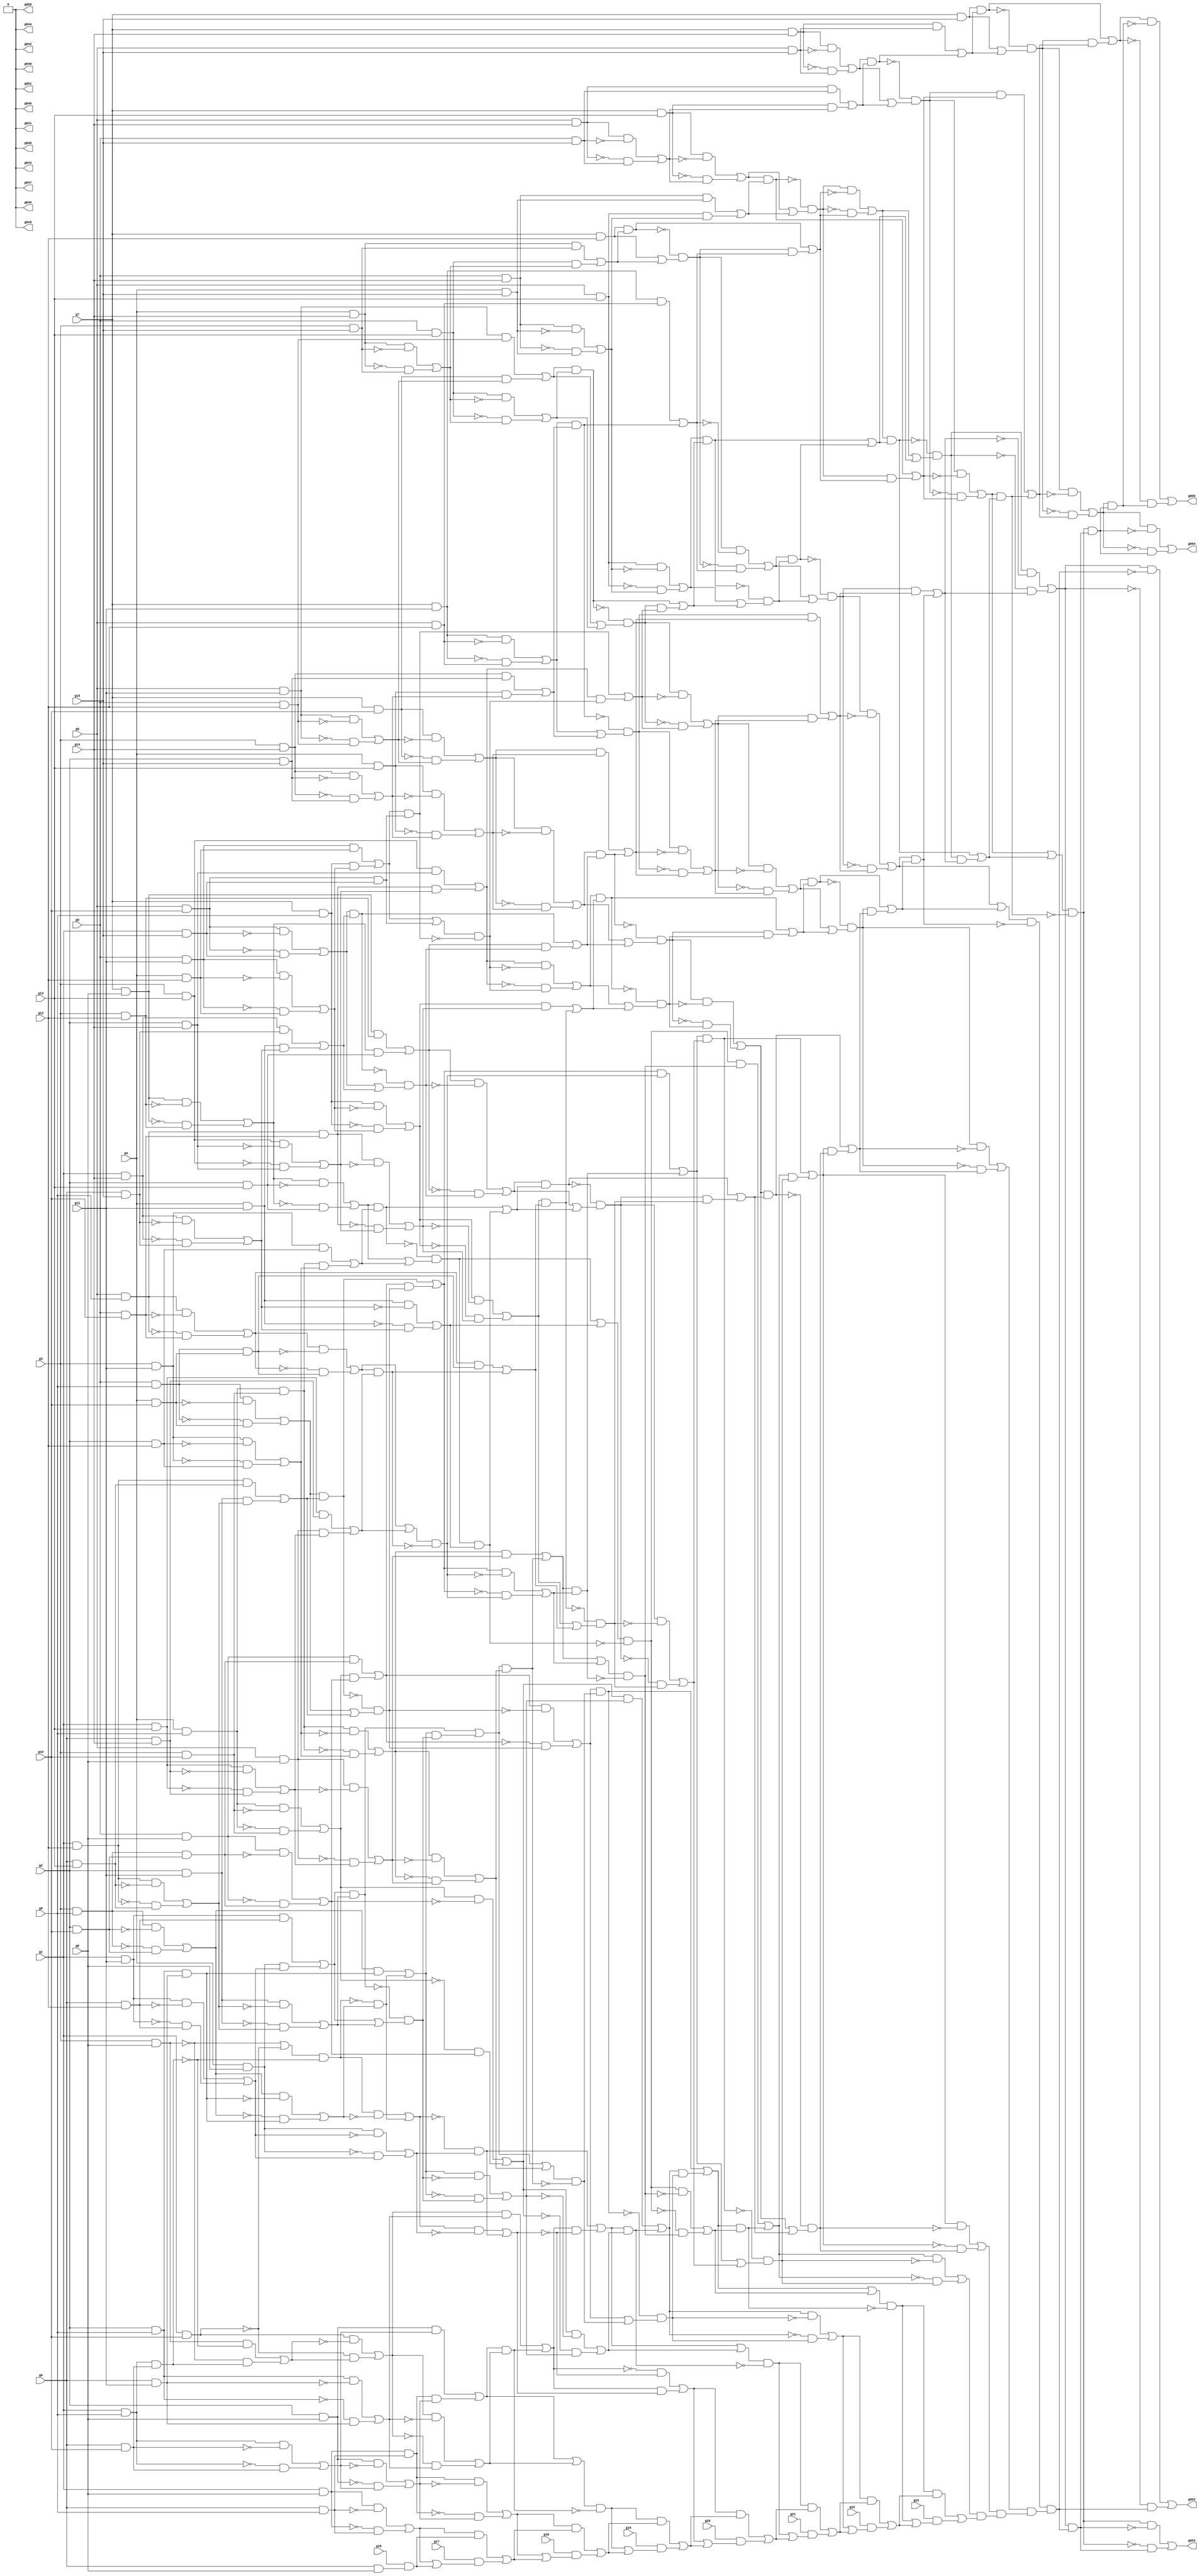
// Benchmark "circuit" written by ABC on Tue Apr 12 01:41:42 2022

module circuit ( 
    g0, g1, g2, g3, g4, g5, g6, g7, g8, g9, g10, g11, g12, g13, g14, g15,
    g16, g17, g18, g19, g20, g21, g22, g23,
    g855, g854, g853, g852, g851, g850, g849, g848, g847, g846, g845, g844,
    g843, g842, g841, g840  );
  input  g0, g1, g2, g3, g4, g5, g6, g7, g8, g9, g10, g11, g12, g13, g14,
    g15, g16, g17, g18, g19, g20, g21, g22, g23;
  output g855, g854, g853, g852, g851, g850, g849, g848, g847, g846, g845,
    g844, g843, g842, g841, g840;
  wire g24, g25, g26, g27, g28, g29, g30, g31, g32, g33, g34, g35, g36, g37,
    g38, g39, g40, g41, g42, g43, g44, g45, g46, g47, g48, g49, g50, g51,
    g52, g53, g54, g55, g56, g57, g58, g59, g60, g61, g62, g63, g64, g65,
    g66, g67, g68, g69, g70, g71, g72, g73, g74, g75, g76, g77, g78, g79,
    g80, g81, g82, g83, g84, g85, g86, g87, g88, g89, g90, g91, g92, g93,
    g94, g95, g96, g97, g98, g99, g100, g101, g102, g103, g104, g105, g106,
    g107, g108, g109, g110, g111, g112, g113, g114, g115, g116, g117, g118,
    g119, g120, g121, g122, g123, g124, g125, g126, g127, g128, g129, g130,
    g131, g132, g133, g134, g135, g136, g137, g138, g139, g140, g141, g142,
    g143, g144, g145, g146, g147, g148, g149, g150, g151, g152, g153, g154,
    g155, g156, g157, g158, g159, g160, g161, g162, g163, g164, g165, g166,
    g167, g168, g169, g170, g171, g172, g173, g174, g175, g176, g177, g178,
    g179, g180, g181, g182, g183, g184, g185, g186, g187, g188, g189, g190,
    g191, g192, g193, g194, g195, g196, g197, g198, g199, g200, g201, g202,
    g203, g204, g205, g206, g207, g208, g209, g210, g211, g212, g213, g214,
    g215, g216, g217, g218, g219, g220, g221, g222, g223, g224, g225, g226,
    g227, g228, g229, g230, g231, g232, g233, g234, g235, g236, g237, g238,
    g239, g240, g241, g242, g243, g244, g245, g246, g247, g248, g249, g250,
    g251, g252, g253, g254, g255, g256, g257, g258, g259, g260, g261, g262,
    g263, g264, g265, g266, g267, g268, g269, g270, g271, g272, g273, g274,
    g275, g276, g277, g278, g279, g280, g281, g282, g283, g284, g285, g286,
    g287, g288, g289, g290, g291, g292, g293, g294, g295, g296, g297, g298,
    g299, g300, g301, g302, g303, g304, g305, g306, g307, g308, g309, g310,
    g311, g312, g313, g314, g315, g316, g317, g318, g319, g320, g321, g322,
    g323, g324, g325, g326, g327, g328, g329, g330, g331, g332, g333, g334,
    g335, g336, g337, g338, g339, g340, g341, g342, g343, g344, g345, g346,
    g347, g348, g349, g350, g351, g352, g353, g354, g355, g356, g357, g358,
    g359, g360, g361, g362, g363, g364, g365, g366, g367, g368, g369, g370,
    g371, g372, g373, g374, g375, g376, g377, g378, g379, g380, g381, g382,
    g383, g384, g385, g386, g387, g388, g389, g390, g391, g392, g393, g394,
    g395, g396, g397, g398, g399, g400, g401, g402, g403, g404, g405, g406,
    g407, g408, g409, g410, g411, g412, g413, g414, g415, g416, g417, g418,
    g419, g420, g421, g422, g423, g424, g425, g426, g427, g428, g429, g430,
    g431, g432, g433, g434, g435, g436, g437, g438, g439, g440, g441, g442,
    g443, g444, g445, g446, g447, g448, g449, g450, g451, g452, g453, g454,
    g455, g456, g457, g458, g459, g460, g461, g462, g463, g464, g465, g466,
    g467, g468, g469, g470, g471, g472, g473, g474, g475, g476, g477, g478,
    g479, g480, g481, g482, g483, g484, g485, g486, g487, g488, g489, g490,
    g491, g492, g493, g494, g495, g496, g497, g498, g499, g500, g501, g502,
    g503, g504, g505, g506, g507, g508, g509, g510, g511, g512, g513, g514,
    g515, g516, g517, g518, g519, g520, g521, g522, g523, g524, g525, g526,
    g527, g528, g529, g530, g531, g532, g533, g534, g535, g536, g537, g538,
    g539, g540, g541, g542, g543, g544, g545, g546, g547, g548, g549, g550,
    g551, g552, g553, g554, g555, g556, g557, g558, g559, g560, g561, g562,
    g563, g564, g565, g566, g567, g568, g569, g570, g571, g572, g573, g574,
    g575, g576, g577, g578, g579, g580, g581, g582, g583, g584, g585, g586,
    g587, g588, g589, g590, g591, g592, g593, g594, g595, g596, g597, g598,
    g599, g600, g601, g602, g603, g604, g605, g606, g607, g608, g609, g610,
    g611, g612, g613, g614, g615, g616, g617, g618, g619, g620, g621, g622,
    g623, g624, g625, g626, g627, g628, g629, g630, g631, g632, g633, g634,
    g635, g636, g637, g638, g639, g640, g641, g642, g643, g644, g645, g646,
    g647, g648, g649, g650, g651, g652, g653, g654, g655, g656, g657, g658,
    g659, g660, g661, g662, g663, g664, g665, g666, g667, g668, g669, g670,
    g671, g672, g673, g674, g675, g676, g677, g678, g679, g680, g681, g682,
    g683, g684, g685, g686, g687, g688, g689, g690, g691, g692, g693, g694,
    g695, g696, g697, g698, g699, g700, g701, g702, g703, g704, g705, g706,
    g707, g708, g709, g710, g711, g712, g713, g714, g715, g716, g717, g718,
    g719, g720, g721, g722, g723, g724, g725, g726, g727, g728, g729, g730,
    g731, g732, g733, g734, g735, g736, g737, g738, g739, g740, g741, g742,
    g743, g744, g745, g746, g747, g748, g749, g750, g751, g752, g753, g754,
    g755, g756, g757, g758, g759, g760, g761, g762, g763, g764, g765, g766,
    g767, g768, g769, g770, g771, g772, g773, g774, g775, g776, g777, g778,
    g779, g780, g781, g782, g783, g784, g785, g786, g787, g788, g789, g790,
    g791, g792, g793, g794, g795, g796, g797, g798, g799, g800, g801, g802,
    g803, g804, g805, g806, g807, g808, g809, g810, g811, g812, g813, g814,
    g815, g816, g817, g818, g819, g820, g821, g822, g823, g824, g825, g826,
    g827, g828, g829, g830, g831, g832, g833, g834, g835, g836;
  assign g24 = 1'b0;
  assign g25 = 1'b0;
  assign g26 = 1'b0;
  assign g27 = 1'b0;
  assign g28 = 1'b0;
  assign g29 = 1'b0;
  assign g30 = 1'b0;
  assign g31 = 1'b0;
  assign g32 = g7 & g15;
  assign g33 = g7 & g14;
  assign g34 = ~g33;
  assign g35 = g7 & g13;
  assign g36 = ~g35;
  assign g37 = g7 & g12;
  assign g38 = g7 & g11;
  assign g39 = ~g38;
  assign g40 = g7 & g10;
  assign g41 = ~g40;
  assign g42 = g7 & g8;
  assign g43 = ~g42;
  assign g44 = g7 & g9;
  assign g45 = ~g44;
  assign g46 = g6 & g15;
  assign g47 = ~g46;
  assign g48 = g33 & g47;
  assign g49 = g33 & g46;
  assign g50 = g34 & g46;
  assign g51 = g48 | g50;
  assign g52 = g6 & g14;
  assign g53 = ~g52;
  assign g54 = g6 & g13;
  assign g55 = ~g54;
  assign g56 = g6 & g12;
  assign g57 = ~g56;
  assign g58 = g38 & g57;
  assign g59 = g38 & g56;
  assign g60 = g39 & g56;
  assign g61 = g58 | g60;
  assign g62 = g6 & g11;
  assign g63 = ~g62;
  assign g64 = g6 & g10;
  assign g65 = ~g64;
  assign g66 = g6 & g8;
  assign g67 = ~g66;
  assign g68 = g6 & g9;
  assign g69 = ~g68;
  assign g70 = g5 & g15;
  assign g71 = ~g70;
  assign g72 = g52 & g71;
  assign g73 = g52 & g70;
  assign g74 = g53 & g70;
  assign g75 = g72 | g74;
  assign g76 = ~g75;
  assign g77 = g35 & g76;
  assign g78 = g35 & g75;
  assign g79 = g73 | g78;
  assign g80 = g51 & g79;
  assign g81 = ~g80;
  assign g82 = g49 | g80;
  assign g83 = g32 & g82;
  assign g84 = ~g83;
  assign g85 = g32 | g82;
  assign g86 = g84 & g85;
  assign g87 = ~g86;
  assign g88 = g51 | g79;
  assign g89 = g81 & g88;
  assign g90 = ~g89;
  assign g91 = g36 & g75;
  assign g92 = g77 | g91;
  assign g93 = g5 & g14;
  assign g94 = ~g93;
  assign g95 = g5 & g13;
  assign g96 = ~g95;
  assign g97 = g5 & g8;
  assign g98 = ~g97;
  assign g99 = g5 & g12;
  assign g100 = ~g99;
  assign g101 = g62 & g100;
  assign g102 = g62 & g99;
  assign g103 = g63 & g99;
  assign g104 = g101 | g103;
  assign g105 = ~g104;
  assign g106 = g40 & g105;
  assign g107 = g40 & g104;
  assign g108 = g102 | g107;
  assign g109 = g41 & g104;
  assign g110 = g106 | g109;
  assign g111 = ~g110;
  assign g112 = g5 & g11;
  assign g113 = ~g112;
  assign g114 = g5 & g9;
  assign g115 = ~g114;
  assign g116 = g5 & g10;
  assign g117 = ~g116;
  assign g118 = g68 & g117;
  assign g119 = g68 & g116;
  assign g120 = ~g119;
  assign g121 = g69 & g116;
  assign g122 = g118 | g121;
  assign g123 = ~g122;
  assign g124 = g4 & g15;
  assign g125 = ~g124;
  assign g126 = g93 & g125;
  assign g127 = g93 & g124;
  assign g128 = g94 & g124;
  assign g129 = g126 | g128;
  assign g130 = ~g129;
  assign g131 = g54 & g130;
  assign g132 = g54 & g129;
  assign g133 = g127 | g132;
  assign g134 = g92 & g133;
  assign g135 = ~g134;
  assign g136 = g92 | g133;
  assign g137 = g135 & g136;
  assign g138 = ~g137;
  assign g139 = g55 & g129;
  assign g140 = g131 | g139;
  assign g141 = g4 & g14;
  assign g142 = ~g141;
  assign g143 = g4 & g8;
  assign g144 = ~g143;
  assign g145 = g4 & g13;
  assign g146 = ~g145;
  assign g147 = g4 & g9;
  assign g148 = ~g147;
  assign g149 = g4 & g11;
  assign g150 = ~g149;
  assign g151 = g4 & g12;
  assign g152 = ~g151;
  assign g153 = g112 & g152;
  assign g154 = g112 & g151;
  assign g155 = g113 & g151;
  assign g156 = g153 | g155;
  assign g157 = ~g156;
  assign g158 = g44 & g157;
  assign g159 = g44 & g156;
  assign g160 = g154 | g159;
  assign g161 = g45 & g156;
  assign g162 = g158 | g161;
  assign g163 = ~g162;
  assign g164 = g4 & g10;
  assign g165 = ~g164;
  assign g166 = g114 & g165;
  assign g167 = g115 & g164;
  assign g168 = g166 | g167;
  assign g169 = g114 & g164;
  assign g170 = ~g169;
  assign g171 = g122 & g170;
  assign g172 = g122 & g169;
  assign g173 = g123 & g169;
  assign g174 = g171 | g173;
  assign g175 = g3 & g15;
  assign g176 = ~g175;
  assign g177 = g141 & g176;
  assign g178 = g141 & g175;
  assign g179 = g142 & g175;
  assign g180 = g177 | g179;
  assign g181 = ~g180;
  assign g182 = g95 & g181;
  assign g183 = g95 & g180;
  assign g184 = g178 | g183;
  assign g185 = g37 & g184;
  assign g186 = ~g185;
  assign g187 = g37 | g184;
  assign g188 = g186 & g187;
  assign g189 = ~g188;
  assign g190 = g96 & g180;
  assign g191 = g182 | g190;
  assign g192 = g108 & g191;
  assign g193 = ~g192;
  assign g194 = g108 | g191;
  assign g195 = g193 & g194;
  assign g196 = ~g195;
  assign g197 = g3 & g8;
  assign g198 = ~g197;
  assign g199 = g3 & g9;
  assign g200 = ~g199;
  assign g201 = g3 & g14;
  assign g202 = ~g201;
  assign g203 = g3 & g12;
  assign g204 = ~g203;
  assign g205 = g42 & g204;
  assign g206 = g42 & g203;
  assign g207 = g43 & g203;
  assign g208 = g205 | g207;
  assign g209 = ~g208;
  assign g210 = g3 & g11;
  assign g211 = ~g210;
  assign g212 = g3 & g10;
  assign g213 = ~g212;
  assign g214 = g147 & g213;
  assign g215 = g148 & g212;
  assign g216 = g214 | g215;
  assign g217 = ~g216;
  assign g218 = g147 & g212;
  assign g219 = ~g218;
  assign g220 = g3 & g13;
  assign g221 = ~g220;
  assign g222 = g2 & g8;
  assign g223 = ~g222;
  assign g224 = g2 & g9;
  assign g225 = ~g224;
  assign g226 = g2 & g10;
  assign g227 = ~g226;
  assign g228 = g199 & g227;
  assign g229 = g200 & g226;
  assign g230 = g228 | g229;
  assign g231 = ~g230;
  assign g232 = g199 & g226;
  assign g233 = ~g232;
  assign g234 = g97 & g233;
  assign g235 = g97 & g232;
  assign g236 = g98 & g232;
  assign g237 = g234 | g236;
  assign g238 = ~g237;
  assign g239 = g216 & g238;
  assign g240 = g217 & g237;
  assign g241 = g239 | g240;
  assign g242 = ~g241;
  assign g243 = g216 & g237;
  assign g244 = g235 | g243;
  assign g245 = ~g244;
  assign g246 = g2 & g11;
  assign g247 = ~g246;
  assign g248 = g2 & g15;
  assign g249 = ~g248;
  assign g250 = g201 & g249;
  assign g251 = g201 & g248;
  assign g252 = g202 & g248;
  assign g253 = g250 | g252;
  assign g254 = ~g253;
  assign g255 = g145 & g254;
  assign g256 = g145 & g253;
  assign g257 = g251 | g256;
  assign g258 = g61 & g257;
  assign g259 = ~g258;
  assign g260 = g59 | g258;
  assign g261 = ~g260;
  assign g262 = g188 & g261;
  assign g263 = g188 & g260;
  assign g264 = g185 | g263;
  assign g265 = ~g264;
  assign g266 = g137 & g265;
  assign g267 = g137 & g264;
  assign g268 = g134 | g267;
  assign g269 = ~g268;
  assign g270 = g89 & g269;
  assign g271 = g89 & g268;
  assign g272 = g90 & g268;
  assign g273 = g270 | g272;
  assign g274 = g138 & g264;
  assign g275 = g266 | g274;
  assign g276 = g189 & g260;
  assign g277 = g262 | g276;
  assign g278 = g61 | g257;
  assign g279 = g259 & g278;
  assign g280 = ~g279;
  assign g281 = g146 & g253;
  assign g282 = g255 | g281;
  assign g283 = ~g282;
  assign g284 = g110 & g283;
  assign g285 = g110 & g282;
  assign g286 = g111 & g282;
  assign g287 = g284 | g286;
  assign g288 = g2 & g13;
  assign g289 = ~g288;
  assign g290 = g208 & g289;
  assign g291 = g208 & g288;
  assign g292 = g206 | g291;
  assign g293 = ~g292;
  assign g294 = g209 & g288;
  assign g295 = g290 | g294;
  assign g296 = g2 & g12;
  assign g297 = ~g296;
  assign g298 = g210 & g297;
  assign g299 = g210 & g296;
  assign g300 = g211 & g296;
  assign g301 = g298 | g300;
  assign g302 = ~g301;
  assign g303 = g218 & g302;
  assign g304 = g219 & g301;
  assign g305 = g303 | g304;
  assign g306 = ~g305;
  assign g307 = g218 & g301;
  assign g308 = g299 | g307;
  assign g309 = g295 & g308;
  assign g310 = ~g309;
  assign g311 = g295 | g308;
  assign g312 = g310 & g311;
  assign g313 = g2 & g14;
  assign g314 = ~g313;
  assign g315 = g220 & g314;
  assign g316 = g220 & g313;
  assign g317 = g221 & g313;
  assign g318 = g315 | g317;
  assign g319 = ~g318;
  assign g320 = g119 & g319;
  assign g321 = g119 & g318;
  assign g322 = g316 | g321;
  assign g323 = ~g322;
  assign g324 = g120 & g318;
  assign g325 = g320 | g324;
  assign g326 = ~g325;
  assign g327 = g162 & g326;
  assign g328 = g162 & g325;
  assign g329 = g163 & g325;
  assign g330 = g327 | g329;
  assign g331 = g1 & g8;
  assign g332 = ~g331;
  assign g333 = g1 & g9;
  assign g334 = ~g333;
  assign g335 = g1 & g10;
  assign g336 = ~g335;
  assign g337 = g198 | g336;
  assign g338 = g1 & g11;
  assign g339 = ~g338;
  assign g340 = g1 & g12;
  assign g341 = ~g340;
  assign g342 = g1 & g15;
  assign g343 = ~g342;
  assign g344 = g64 & g343;
  assign g345 = g64 & g342;
  assign g346 = g160 | g345;
  assign g347 = g160 & g345;
  assign g348 = ~g347;
  assign g349 = g346 & g348;
  assign g350 = ~g349;
  assign g351 = g322 & g350;
  assign g352 = g322 & g349;
  assign g353 = g323 & g349;
  assign g354 = g351 | g353;
  assign g355 = g347 | g352;
  assign g356 = ~g355;
  assign g357 = g195 & g356;
  assign g358 = g195 & g355;
  assign g359 = g192 | g358;
  assign g360 = g140 & g359;
  assign g361 = ~g360;
  assign g362 = g140 | g359;
  assign g363 = g361 & g362;
  assign g364 = g277 & g363;
  assign g365 = ~g364;
  assign g366 = g360 | g364;
  assign g367 = g275 & g366;
  assign g368 = ~g367;
  assign g369 = g275 | g366;
  assign g370 = g368 & g369;
  assign g371 = ~g370;
  assign g372 = g277 | g363;
  assign g373 = g365 & g372;
  assign g374 = ~g373;
  assign g375 = g196 & g355;
  assign g376 = g357 | g375;
  assign g377 = ~g376;
  assign g378 = g65 & g342;
  assign g379 = g344 | g378;
  assign g380 = g1 & g14;
  assign g381 = ~g380;
  assign g382 = g1 & g13;
  assign g383 = ~g382;
  assign g384 = g0 & g9;
  assign g385 = ~g384;
  assign g386 = g331 & g385;
  assign g387 = g332 & g384;
  assign g388 = g386 | g387;
  assign g389 = 1'b0;
  assign g390 = 1'b0;
  assign g391 = 1'b0;
  assign g392 = 1'b0;
  assign g393 = 1'b0;
  assign g394 = g331 & g384;
  assign g395 = ~g394;
  assign g396 = g0 & g10;
  assign g397 = ~g396;
  assign g398 = g333 & g397;
  assign g399 = g334 & g396;
  assign g400 = g398 | g399;
  assign g401 = ~g400;
  assign g402 = g222 & g401;
  assign g403 = g222 & g400;
  assign g404 = g223 & g400;
  assign g405 = g402 | g404;
  assign g406 = ~g405;
  assign g407 = g394 & g406;
  assign g408 = g395 & g405;
  assign g409 = g407 | g408;
  assign g410 = 1'b0;
  assign g411 = 1'b0;
  assign g412 = 1'b0;
  assign g413 = 1'b0;
  assign g414 = g394 & g405;
  assign g415 = g403 | g414;
  assign g416 = g333 & g396;
  assign g417 = ~g416;
  assign g418 = g197 & g417;
  assign g419 = g337 & g417;
  assign g420 = ~g419;
  assign g421 = g198 & g416;
  assign g422 = g418 | g421;
  assign g423 = ~g422;
  assign g424 = g335 & g423;
  assign g425 = g336 & g422;
  assign g426 = g424 | g425;
  assign g427 = ~g426;
  assign g428 = g0 & g11;
  assign g429 = ~g428;
  assign g430 = g224 & g429;
  assign g431 = g225 & g428;
  assign g432 = g430 | g431;
  assign g433 = ~g432;
  assign g434 = g426 & g433;
  assign g435 = g426 & g432;
  assign g436 = g427 & g432;
  assign g437 = g434 | g436;
  assign g438 = g415 | g437;
  assign g439 = g415 & g437;
  assign g440 = ~g439;
  assign g441 = g438 & g440;
  assign g442 = 1'b0;
  assign g443 = 1'b0;
  assign g444 = 1'b0;
  assign g445 = 1'b0;
  assign g446 = g435 | g439;
  assign g447 = ~g446;
  assign g448 = g224 & g428;
  assign g449 = ~g448;
  assign g450 = g230 & g449;
  assign g451 = g230 & g448;
  assign g452 = g231 & g448;
  assign g453 = g450 | g452;
  assign g454 = ~g453;
  assign g455 = g419 & g454;
  assign g456 = g420 & g453;
  assign g457 = g455 | g456;
  assign g458 = ~g457;
  assign g459 = g451 | g456;
  assign g460 = ~g459;
  assign g461 = g0 & g12;
  assign g462 = ~g461;
  assign g463 = g338 & g462;
  assign g464 = g338 & g461;
  assign g465 = g339 & g461;
  assign g466 = g463 | g465;
  assign g467 = ~g466;
  assign g468 = g143 & g467;
  assign g469 = g144 & g466;
  assign g470 = g468 | g469;
  assign g471 = ~g470;
  assign g472 = g457 & g471;
  assign g473 = g458 & g470;
  assign g474 = g472 | g473;
  assign g475 = ~g474;
  assign g476 = g447 & g475;
  assign g477 = g446 & g475;
  assign g478 = g473 | g477;
  assign g479 = g446 & g474;
  assign g480 = g476 | g479;
  assign g481 = 1'b0;
  assign g482 = 1'b0;
  assign g483 = 1'b0;
  assign g484 = 1'b0;
  assign g485 = g143 & g466;
  assign g486 = g464 | g485;
  assign g487 = g0 & g13;
  assign g488 = ~g487;
  assign g489 = g340 & g488;
  assign g490 = g340 & g487;
  assign g491 = g341 & g487;
  assign g492 = g489 | g491;
  assign g493 = ~g492;
  assign g494 = g246 & g493;
  assign g495 = g247 & g492;
  assign g496 = g494 | g495;
  assign g497 = g486 & g496;
  assign g498 = ~g497;
  assign g499 = g486 | g496;
  assign g500 = g498 & g499;
  assign g501 = ~g500;
  assign g502 = g459 & g501;
  assign g503 = g460 & g500;
  assign g504 = g502 | g503;
  assign g505 = ~g504;
  assign g506 = g241 & g505;
  assign g507 = g241 & g504;
  assign g508 = g242 & g504;
  assign g509 = g506 | g508;
  assign g510 = g478 | g509;
  assign g511 = g478 & g509;
  assign g512 = ~g511;
  assign g513 = g510 & g512;
  assign g514 = 1'b0;
  assign g515 = 1'b0;
  assign g516 = 1'b0;
  assign g517 = 1'b0;
  assign g518 = g507 | g511;
  assign g519 = ~g518;
  assign g520 = g459 & g500;
  assign g521 = g497 | g520;
  assign g522 = g246 & g492;
  assign g523 = g490 | g522;
  assign g524 = g168 & g523;
  assign g525 = ~g524;
  assign g526 = g168 | g523;
  assign g527 = g525 & g526;
  assign g528 = ~g527;
  assign g529 = g244 & g528;
  assign g530 = g245 & g527;
  assign g531 = g529 | g530;
  assign g532 = g244 & g527;
  assign g533 = g524 | g532;
  assign g534 = ~g533;
  assign g535 = g0 & g15;
  assign g536 = ~g535;
  assign g537 = g380 & g536;
  assign g538 = g380 & g535;
  assign g539 = g381 & g535;
  assign g540 = g537 | g539;
  assign g541 = ~g540;
  assign g542 = g149 & g541;
  assign g543 = g149 & g540;
  assign g544 = g538 | g543;
  assign g545 = g379 & g544;
  assign g546 = ~g545;
  assign g547 = g379 | g544;
  assign g548 = g546 & g547;
  assign g549 = ~g548;
  assign g550 = g292 & g549;
  assign g551 = g292 & g548;
  assign g552 = g545 | g551;
  assign g553 = g287 & g552;
  assign g554 = ~g553;
  assign g555 = g285 | g553;
  assign g556 = ~g555;
  assign g557 = g279 & g556;
  assign g558 = g279 & g555;
  assign g559 = g280 & g555;
  assign g560 = g557 | g559;
  assign g561 = ~g560;
  assign g562 = g376 & g561;
  assign g563 = g376 & g560;
  assign g564 = g558 | g563;
  assign g565 = ~g564;
  assign g566 = g373 & g565;
  assign g567 = g373 & g564;
  assign g568 = g374 & g564;
  assign g569 = g566 | g568;
  assign g570 = g377 & g560;
  assign g571 = g562 | g570;
  assign g572 = g287 | g552;
  assign g573 = g554 & g572;
  assign g574 = ~g573;
  assign g575 = g293 & g548;
  assign g576 = g550 | g575;
  assign g577 = g150 & g540;
  assign g578 = g542 | g577;
  assign g579 = g312 | g578;
  assign g580 = g312 & g578;
  assign g581 = ~g580;
  assign g582 = g579 & g581;
  assign g583 = ~g582;
  assign g584 = g309 | g580;
  assign g585 = g576 & g584;
  assign g586 = ~g585;
  assign g587 = g576 | g584;
  assign g588 = g586 & g587;
  assign g589 = ~g588;
  assign g590 = g0 & g14;
  assign g591 = ~g590;
  assign g592 = g382 & g591;
  assign g593 = g382 & g590;
  assign g594 = g383 & g590;
  assign g595 = g592 | g594;
  assign g596 = ~g595;
  assign g597 = g66 & g596;
  assign g598 = g67 & g595;
  assign g599 = g597 | g598;
  assign g600 = ~g599;
  assign g601 = g305 & g600;
  assign g602 = g305 & g599;
  assign g603 = g306 & g599;
  assign g604 = g601 | g603;
  assign g605 = g521 | g604;
  assign g606 = g521 & g604;
  assign g607 = ~g606;
  assign g608 = g605 & g607;
  assign g609 = g531 & g608;
  assign g610 = ~g609;
  assign g611 = g531 | g608;
  assign g612 = g610 & g611;
  assign g613 = ~g612;
  assign g614 = g518 & g613;
  assign g615 = g519 & g612;
  assign g616 = g614 | g615;
  assign g617 = 1'b0;
  assign g618 = 1'b0;
  assign g619 = 1'b0;
  assign g620 = 1'b0;
  assign g621 = g518 & g612;
  assign g622 = g609 | g621;
  assign g623 = g602 | g606;
  assign g624 = g66 & g595;
  assign g625 = g593 | g624;
  assign g626 = g174 | g625;
  assign g627 = g174 & g625;
  assign g628 = ~g627;
  assign g629 = g626 & g628;
  assign g630 = ~g629;
  assign g631 = g533 & g630;
  assign g632 = g533 & g629;
  assign g633 = g534 & g629;
  assign g634 = g631 | g633;
  assign g635 = g623 | g634;
  assign g636 = g623 & g634;
  assign g637 = ~g636;
  assign g638 = g635 & g637;
  assign g639 = ~g638;
  assign g640 = g582 & g639;
  assign g641 = g582 & g638;
  assign g642 = g583 & g638;
  assign g643 = g640 | g642;
  assign g644 = g622 | g643;
  assign g645 = g622 & g643;
  assign g646 = ~g645;
  assign g647 = g644 & g646;
  assign g648 = 1'b0;
  assign g649 = 1'b0;
  assign g650 = 1'b0;
  assign g651 = 1'b0;
  assign g652 = g641 | g645;
  assign g653 = ~g652;
  assign g654 = g632 | g636;
  assign g655 = g172 | g627;
  assign g656 = g330 & g655;
  assign g657 = ~g656;
  assign g658 = g328 | g656;
  assign g659 = g354 & g658;
  assign g660 = ~g659;
  assign g661 = g354 | g658;
  assign g662 = g660 & g661;
  assign g663 = ~g662;
  assign g664 = g573 & g663;
  assign g665 = g573 & g662;
  assign g666 = g659 | g665;
  assign g667 = g571 & g666;
  assign g668 = ~g667;
  assign g669 = g571 | g666;
  assign g670 = g668 & g669;
  assign g671 = ~g670;
  assign g672 = g574 & g662;
  assign g673 = g664 | g672;
  assign g674 = g330 | g655;
  assign g675 = g657 & g674;
  assign g676 = ~g675;
  assign g677 = g588 & g676;
  assign g678 = g589 & g675;
  assign g679 = g677 | g678;
  assign g680 = g654 & g679;
  assign g681 = ~g680;
  assign g682 = g654 | g679;
  assign g683 = g681 & g682;
  assign g684 = ~g683;
  assign g685 = g652 & g684;
  assign g686 = g653 & g683;
  assign g687 = g685 | g686;
  assign g688 = g652 & g683;
  assign g689 = g680 | g688;
  assign g690 = ~g689;
  assign g691 = g588 & g675;
  assign g692 = g585 | g691;
  assign g693 = g673 & g692;
  assign g694 = ~g693;
  assign g695 = g673 | g692;
  assign g696 = g694 & g695;
  assign g697 = ~g696;
  assign g698 = g689 & g697;
  assign g699 = g690 & g696;
  assign g700 = g698 | g699;
  assign g701 = 1'b0;
  assign g702 = g689 & g696;
  assign g703 = g693 | g702;
  assign g704 = ~g703;
  assign g705 = g670 & g704;
  assign g706 = g670 & g703;
  assign g707 = g667 | g706;
  assign g708 = g569 | g707;
  assign g709 = g569 & g707;
  assign g710 = ~g709;
  assign g711 = g708 & g710;
  assign g712 = 1'b0;
  assign g713 = g567 | g709;
  assign g714 = ~g713;
  assign g715 = g370 & g714;
  assign g716 = g370 & g713;
  assign g717 = g367 | g716;
  assign g718 = g273 | g717;
  assign g719 = g273 & g717;
  assign g720 = ~g719;
  assign g721 = g718 & g720;
  assign g722 = ~g721;
  assign g723 = g271 | g719;
  assign g724 = ~g723;
  assign g725 = g86 & g724;
  assign g726 = g86 & g723;
  assign g727 = g83 | g726;
  assign g728 = ~g727;
  assign g729 = g87 & g723;
  assign g730 = g725 | g729;
  assign g731 = ~g730;
  assign g732 = g371 & g713;
  assign g733 = g715 | g732;
  assign g734 = ~g733;
  assign g735 = g671 & g703;
  assign g736 = g705 | g735;
  assign g737 = 1'b0;
  assign g738 = g0 & g8;
  assign g739 = 1'b0;
  assign g740 = 1'b0;
  assign g741 = g16 & g738;
  assign g742 = 1'b0;
  assign g743 = 1'b0;
  assign g744 = 1'b0;
  assign g745 = 1'b0;
  assign g746 = g388 & g741;
  assign g747 = g388 | g741;
  assign g748 = g17 & g747;
  assign g749 = g746 | g748;
  assign g750 = 1'b0;
  assign g751 = 1'b0;
  assign g752 = 1'b0;
  assign g753 = 1'b0;
  assign g754 = g409 & g749;
  assign g755 = g409 | g749;
  assign g756 = g18 & g755;
  assign g757 = g754 | g756;
  assign g758 = 1'b0;
  assign g759 = 1'b0;
  assign g760 = 1'b0;
  assign g761 = 1'b0;
  assign g762 = g441 & g757;
  assign g763 = g441 | g757;
  assign g764 = g19 & g763;
  assign g765 = g762 | g764;
  assign g766 = 1'b0;
  assign g767 = 1'b0;
  assign g768 = 1'b0;
  assign g769 = 1'b0;
  assign g770 = g480 & g765;
  assign g771 = g480 | g765;
  assign g772 = g20 & g771;
  assign g773 = g770 | g772;
  assign g774 = 1'b0;
  assign g775 = 1'b0;
  assign g776 = 1'b0;
  assign g777 = 1'b0;
  assign g778 = g513 & g773;
  assign g779 = g513 | g773;
  assign g780 = g21 & g779;
  assign g781 = g778 | g780;
  assign g782 = 1'b0;
  assign g783 = 1'b0;
  assign g784 = 1'b0;
  assign g785 = 1'b0;
  assign g786 = g616 & g781;
  assign g787 = g616 | g781;
  assign g788 = g22 & g787;
  assign g789 = g786 | g788;
  assign g790 = 1'b0;
  assign g791 = 1'b0;
  assign g792 = 1'b0;
  assign g793 = 1'b0;
  assign g794 = g647 & g789;
  assign g795 = g647 | g789;
  assign g796 = g23 & g795;
  assign g797 = g794 | g796;
  assign g798 = 1'b0;
  assign g799 = g687 & g797;
  assign g800 = 1'b0;
  assign g801 = 1'b0;
  assign g802 = 1'b0;
  assign g803 = 1'b0;
  assign g804 = 1'b0;
  assign g805 = g700 & g799;
  assign g806 = 1'b0;
  assign g807 = 1'b0;
  assign g808 = g736 & g805;
  assign g809 = 1'b0;
  assign g810 = 1'b0;
  assign g811 = g711 & g808;
  assign g812 = ~g811;
  assign g813 = g733 & g812;
  assign g814 = g733 & g811;
  assign g815 = ~g814;
  assign g816 = g721 & g815;
  assign g817 = g721 & g814;
  assign g818 = ~g817;
  assign g819 = g730 & g818;
  assign g820 = g730 & g817;
  assign g821 = ~g820;
  assign g822 = g727 & g821;
  assign g823 = g728 & g820;
  assign g824 = g822 | g823;
  assign g825 = g731 & g817;
  assign g826 = g819 | g825;
  assign g827 = g722 & g814;
  assign g828 = g816 | g827;
  assign g829 = g734 & g811;
  assign g830 = g813 | g829;
  assign g831 = 1'b0;
  assign g832 = 1'b0;
  assign g833 = 1'b0;
  assign g834 = 1'b0;
  assign g835 = 1'b0;
  assign g836 = 1'b0;
  assign g840 = g836;
  assign g841 = g745;
  assign g842 = g753;
  assign g843 = g761;
  assign g844 = g769;
  assign g845 = g777;
  assign g846 = g785;
  assign g847 = g793;
  assign g848 = g802;
  assign g849 = g804;
  assign g850 = g834;
  assign g851 = g832;
  assign g852 = g830;
  assign g853 = g828;
  assign g854 = g826;
  assign g855 = g824;
endmodule